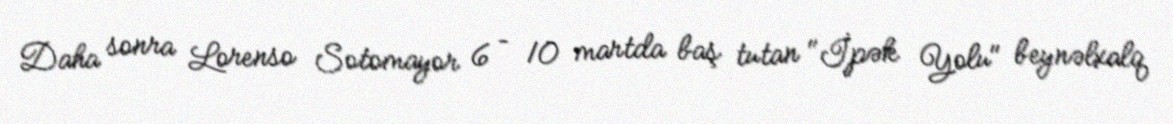
Daha sonra Lorenso Sotomayor 6 – 10 martda baş tutan "İpək Yolu" beynəlxalq